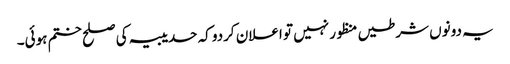
یہ دونوں شرطیں منظور نہیں تو اعلان کردو کہ حدیبیہ کی صلح ختم ہوئی۔